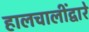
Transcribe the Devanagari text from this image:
हालचालींद्वारे